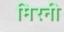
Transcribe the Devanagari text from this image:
मिरनी